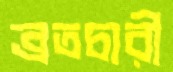
ব্রতচারী